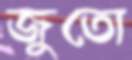
জুতো